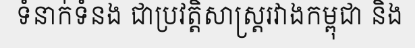
ទំនាក់ទំនង ជាប្រវត្តិសាស្ត្ររវាងកម្ពុជា និង